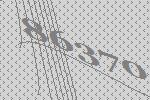
86370